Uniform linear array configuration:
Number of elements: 24
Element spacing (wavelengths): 0.25
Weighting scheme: cosine
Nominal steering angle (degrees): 30
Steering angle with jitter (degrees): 30.97
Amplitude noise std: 0.05
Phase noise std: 0.05

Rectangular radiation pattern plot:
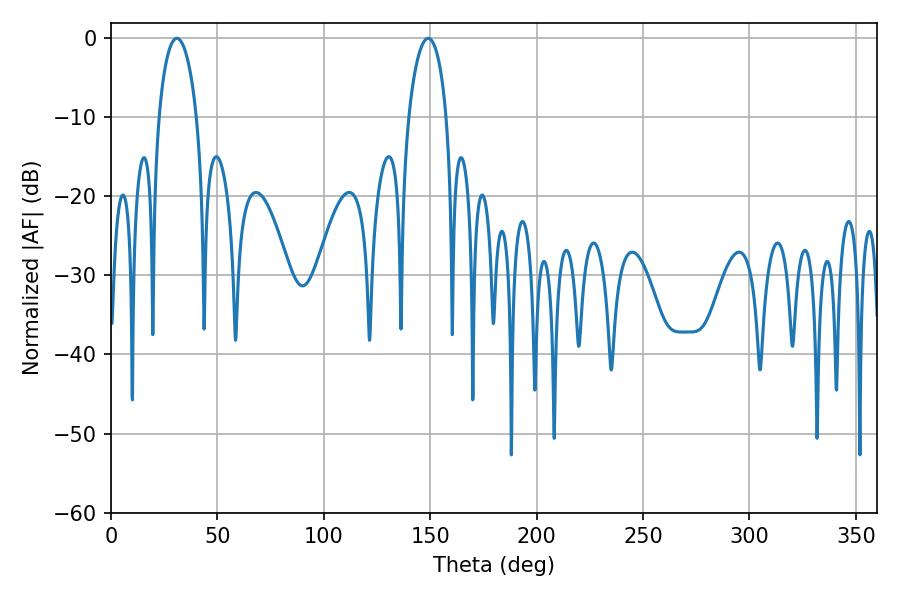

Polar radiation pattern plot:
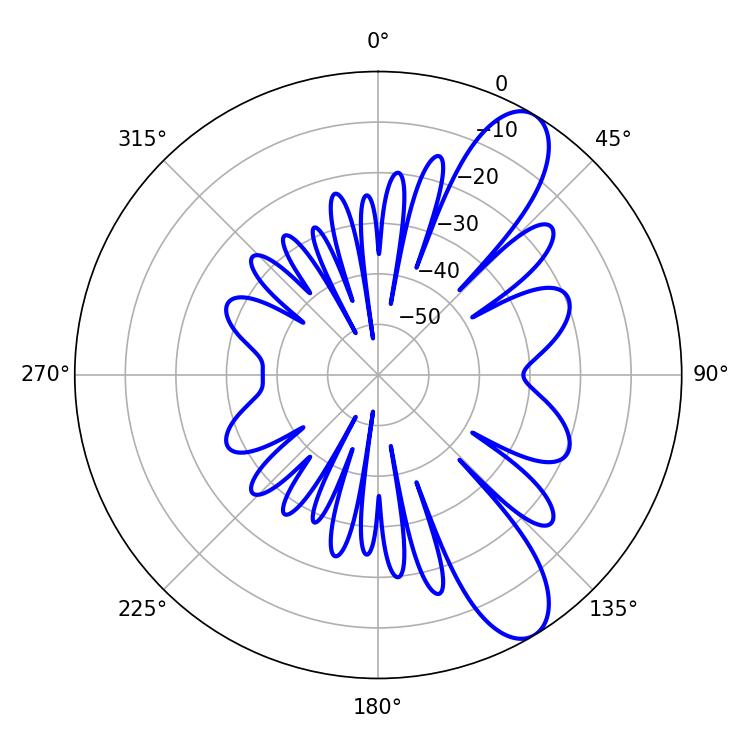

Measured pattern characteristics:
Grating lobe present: FALSE
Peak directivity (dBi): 9.958
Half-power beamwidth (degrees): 10.26
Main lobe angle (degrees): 30.96